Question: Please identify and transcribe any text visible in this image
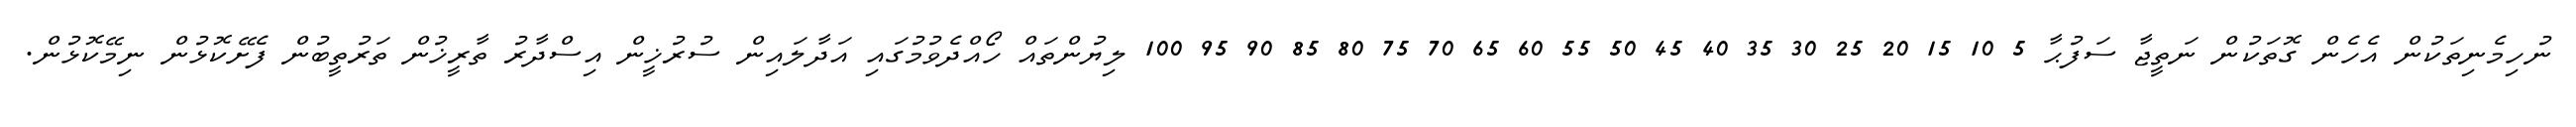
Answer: ނުހިމެނިތަކުން އެހެން ގޮތަކުން ނަތީޖާ ސަފުޙާ 5 10 15 20 25 30 35 40 45 50 55 60 65 70 75 80 85 90 95 100 ލިޔުންތައް ހޯއްދެވުމުގައި އަދާލައިން ސުރުޚީން އިސްދާރު ތާރީޚުން ތަރުތީބުން ފެށޭކޮޅުން ނިމޭކޮޅުން.